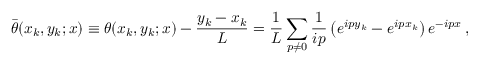
{ \bar { \theta } } ( x _ { k } , y _ { k } ; x ) \equiv \theta ( x _ { k } , y _ { k } ; x ) - \frac { y _ { k } - x _ { k } } { L } = \frac { 1 } { L } \sum _ { p \ne 0 } \frac { 1 } { i p } \left( e ^ { i p y _ { k } } - e ^ { i p x _ { k } } \right) e ^ { - i p x } \, ,